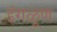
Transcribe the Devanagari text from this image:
इंगळूण